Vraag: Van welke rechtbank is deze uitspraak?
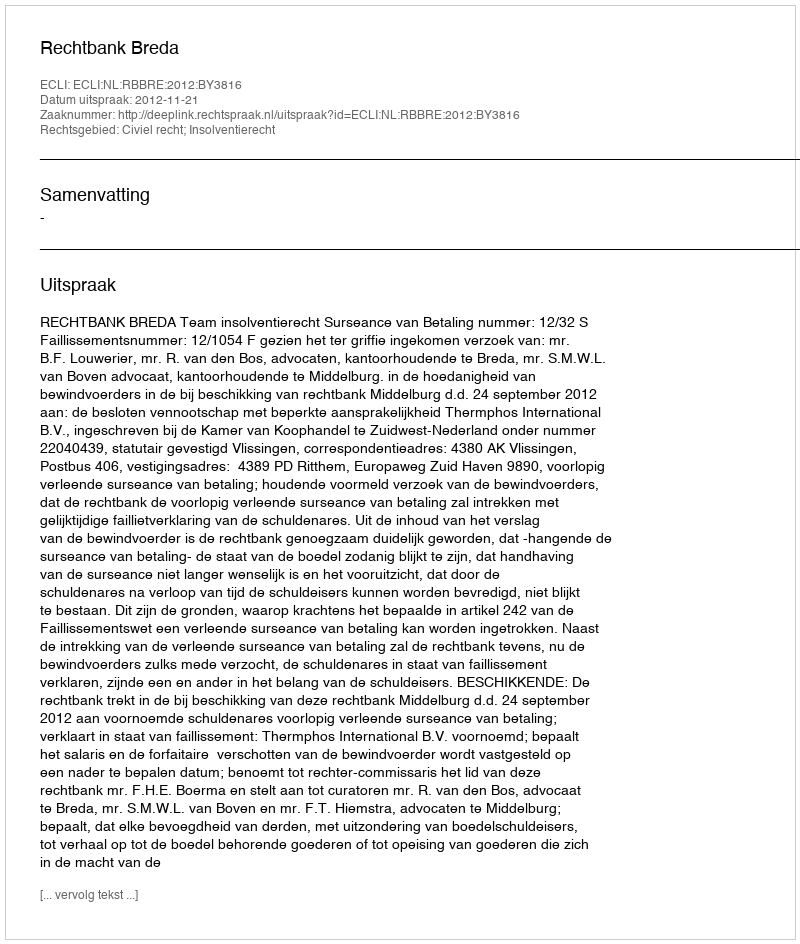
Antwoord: Rechtbank Breda